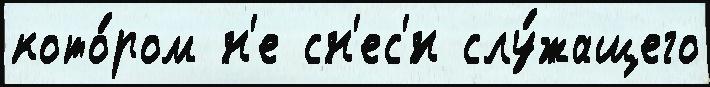
кото́ром н'е сн'ес'́н слу́жащего